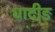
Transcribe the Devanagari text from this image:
धादीङ